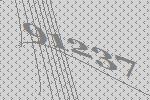
91237